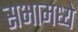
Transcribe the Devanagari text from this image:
सभामध्ये